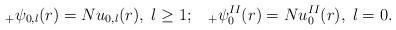
LaTeX: \begin{align*}_{+}\psi _{0,l}(r)=Nu_{0,l}(r){},\;l\geq 1;\;\;\;_{+}\psi_{0}^{II}(r)=Nu_{0}^{II}(r){},\;l=0. \end{align*}